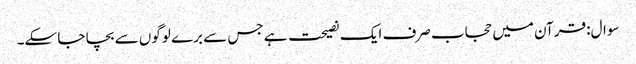
سوال: قرآن میں حجاب صرف ایک نصیحت ہے جس سے برے لوگوں سے بچا جا سکے۔